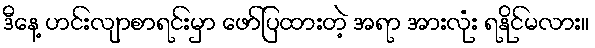
ဒီနေ့ ဟင်းလျာစာရင်းမှာ ဖော်ပြထားတဲ့ အရာ အားလုံး ရနိုင်မလား။